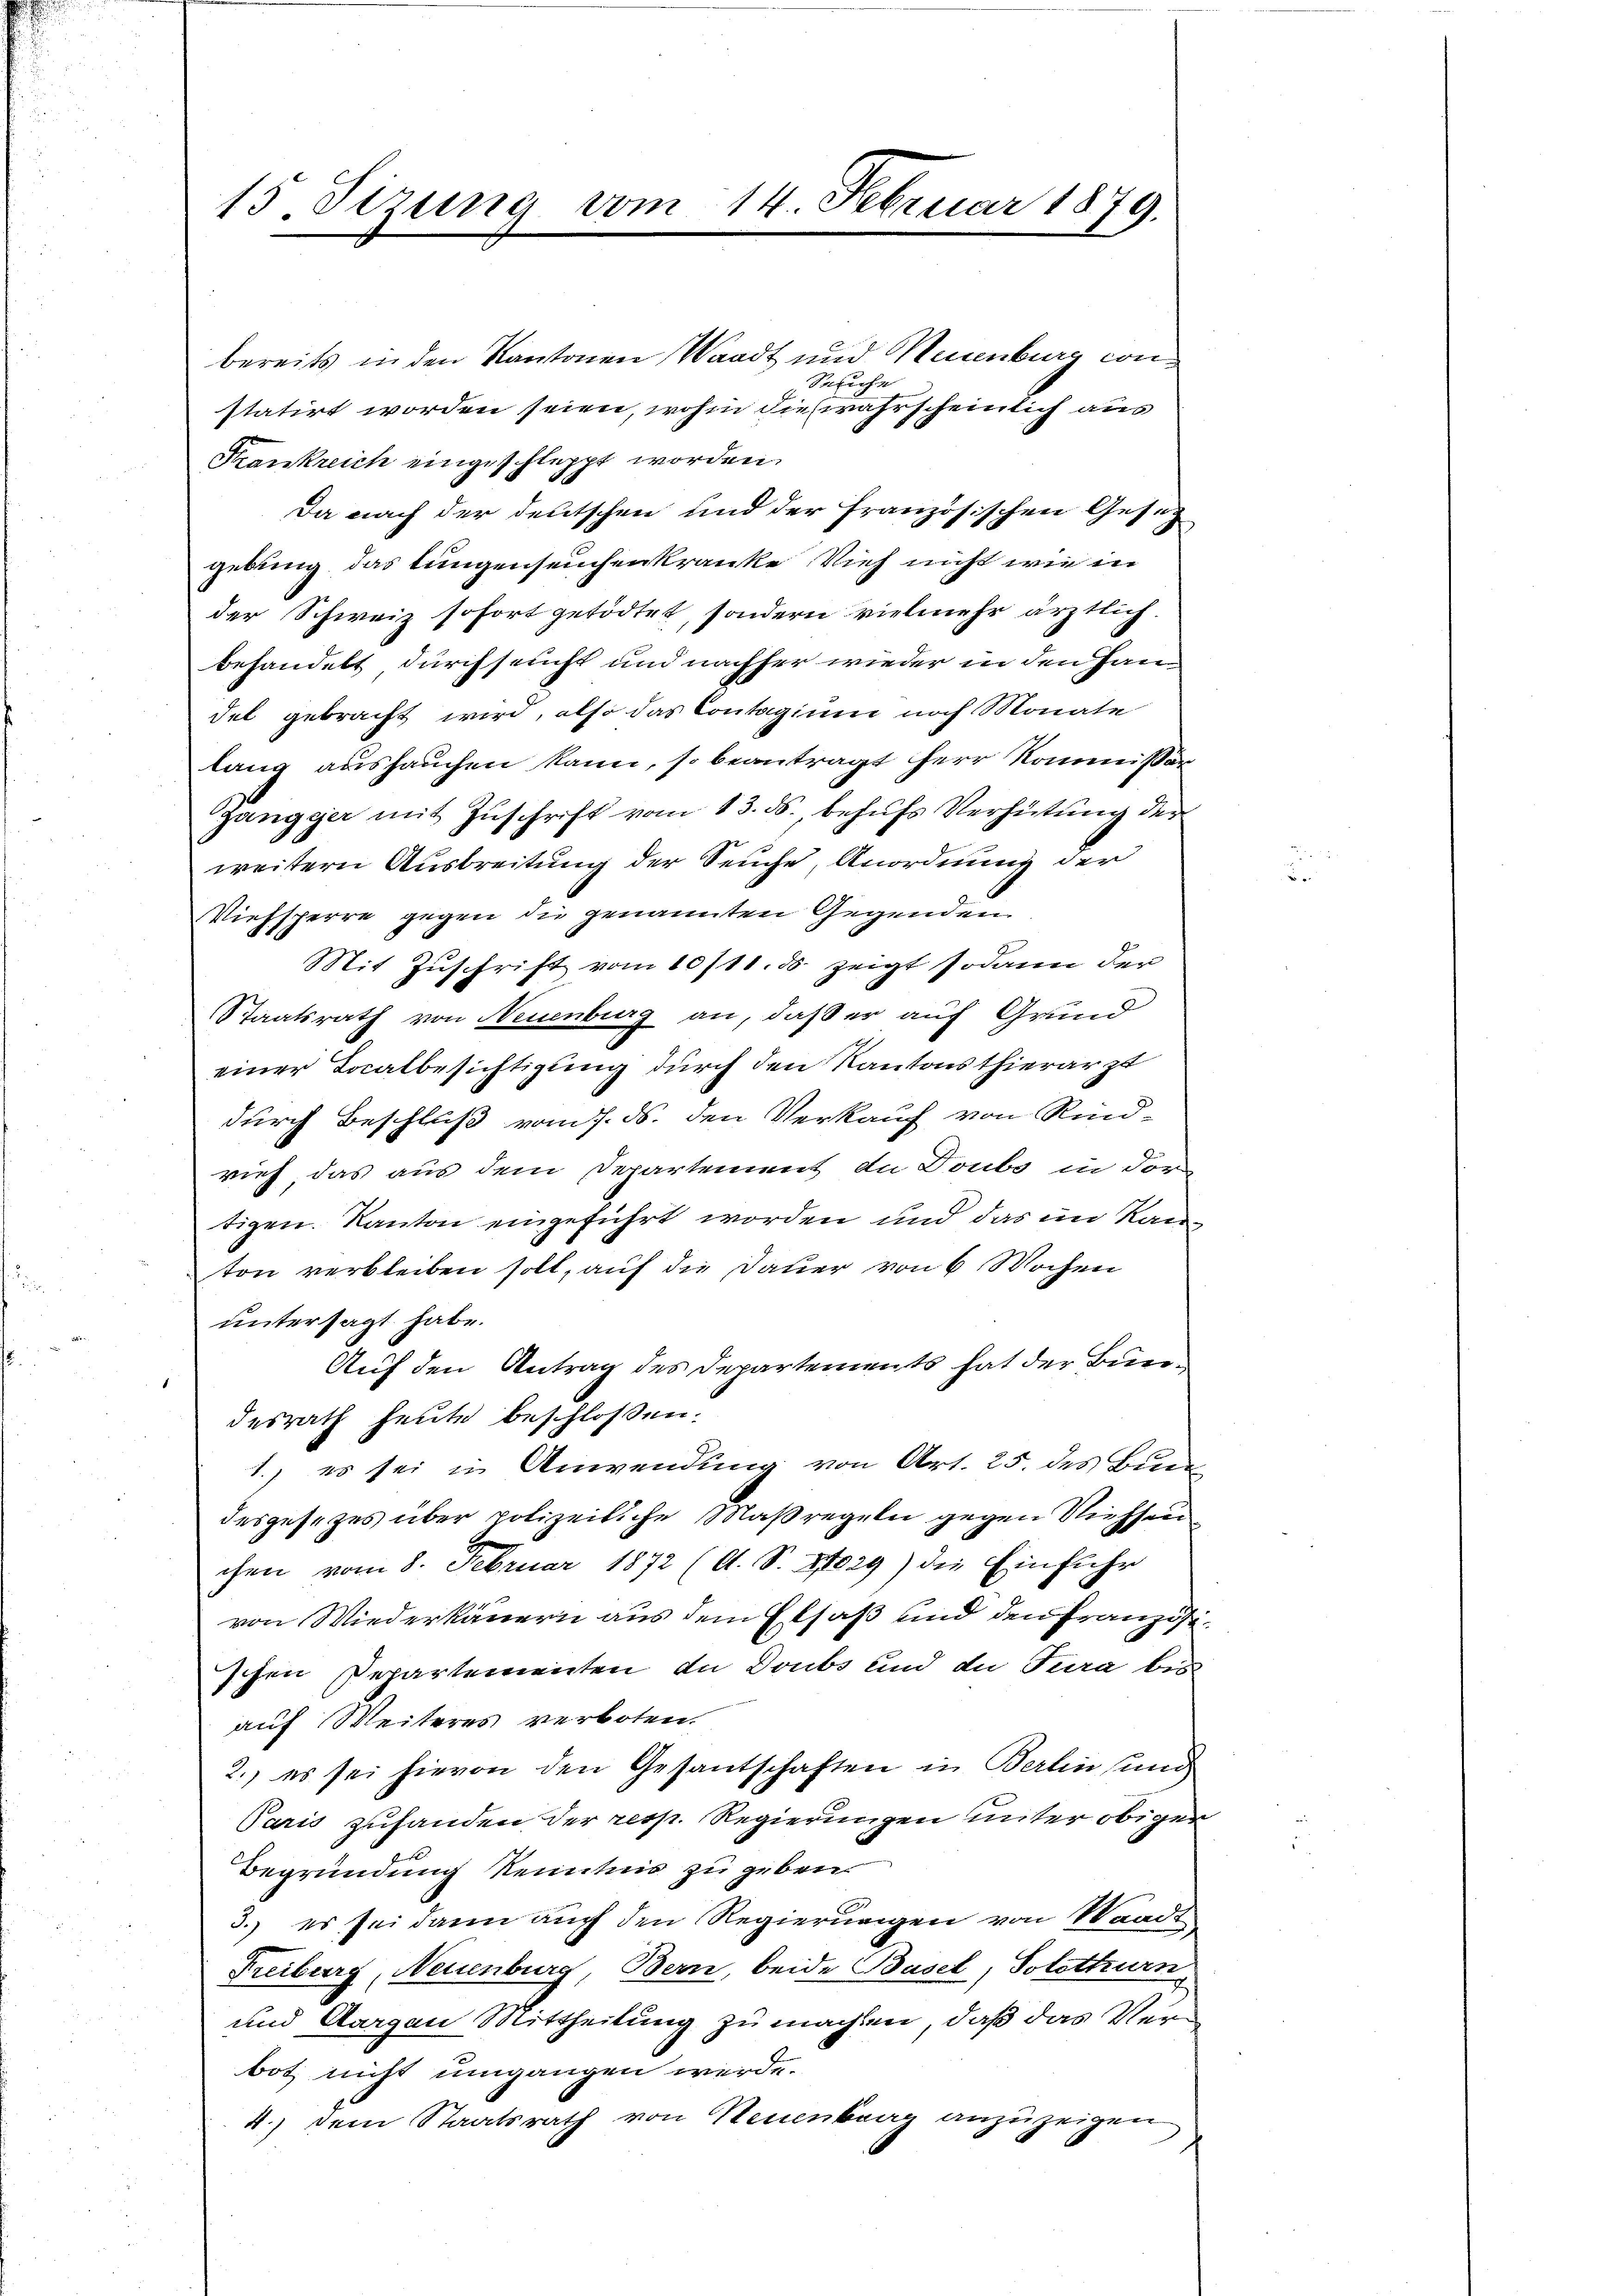
15. Stzung vom 14. Februar 1879.

bereits in den Kantonen Waadt und Neuenburg con¬
Spruche
statirt worden seien, wohin die wahrscheinlich aus
Frankreich eingeschleppt worden.
Da nach der deutschen und der französischen Gesez
gebung das Lungenseuchenkranke Vieh nicht wie in
der Schweiz sofort getödtet, sondern vielmehr ärztlich.
behandelt durchseucht und nachher wieder in den Handel gebracht wird, also das Contagium noch Monate
lang aushauchen kann, so beantragt herr Kommissär
gangger mit Zuschrift vom 13. ds., behufs Verhütung der
weitern Ausbreitung der Seuche Anordnung der
Miefsperre gegen die genannten Gegenden.
Mit Zŭschrift vom 10/11. ds. zeigt sodann der
Staatsrath von Neuenburg an, daß er auf Grund
einer Localbesichtigung durch den Kantonsthierarzt
durch Beschluß vom 7. ds. den Verkauf von Rind-
rief das aus dem Departement de Doubs in For-
tigen. Kanton eingeführt worden und das im Kanton verbleiben soll, auf die Dauer von 6 Wochen
untersagt habe.
Auf den Antrag des Departements hat der Bundesrath heute beschloßen:
1.) es sei in Anwendung von Art. 25. des Bun
desgesezes über polizeiliche Maßregeln gegen Niessen
chen vom 8. Februar 1872 (A. S. 8829) die Einführ
von Wiederkäuern aus dem Elsaß und den Französischen Departementen in Doubs und die Tura bis
auf Weiteres verboten.
2.) es sei hievon den Gesantschaften in Berlin und
Paris zuhanden der resp. Regierungen unter obiger
s
Begründung Kenntnis zu geben.
3.) es sei dann auch den Regierungen von Waadt
Freiburg, Neuenburg, Bern, beide Basel, Solothurn
und Aargau Mittheilung zu machen, daß das Verbot nicht umgangen werde.
4.) Dem Staatsrath von Neuenburg anzuzeigen